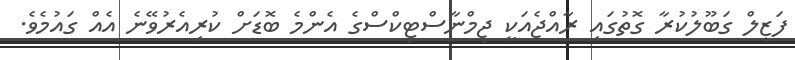
ފަޒީލް ގަބޫލުކުރާ ގޮތުގައި ރާއްޖެއަކީ ޖިމްނާސްޓިކްސްގެ އެންމެ ބޮޑަށް ކުރިއެރުވޭނެ އެއް ގައުމެވެ.